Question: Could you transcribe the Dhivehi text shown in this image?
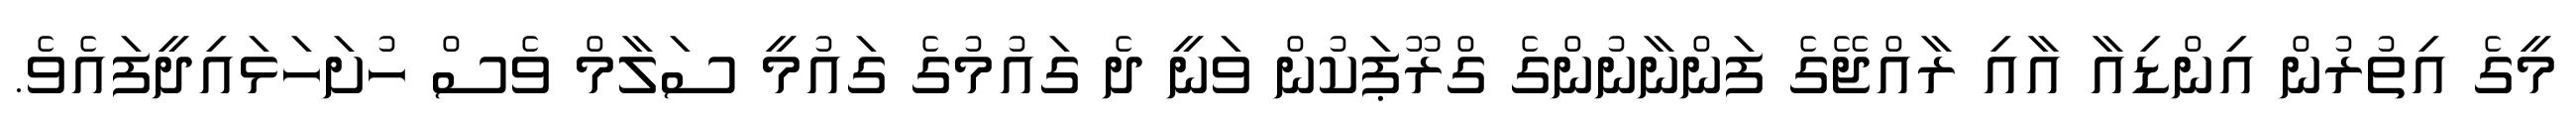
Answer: މީގެ އިތުރުން އިންޑިއާ އާއި ރާއްޖޭގެ ފަންނާނުންގެ ގްރޫޕަކުން ވަނީ ދެ ގައުމުގެ ގައުމީ ސަލާމް ވެސް ހުށަހަޅައިދީފައެވެ.